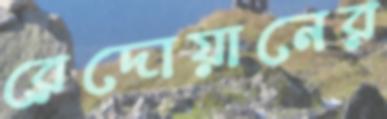
রেদোয়ানের